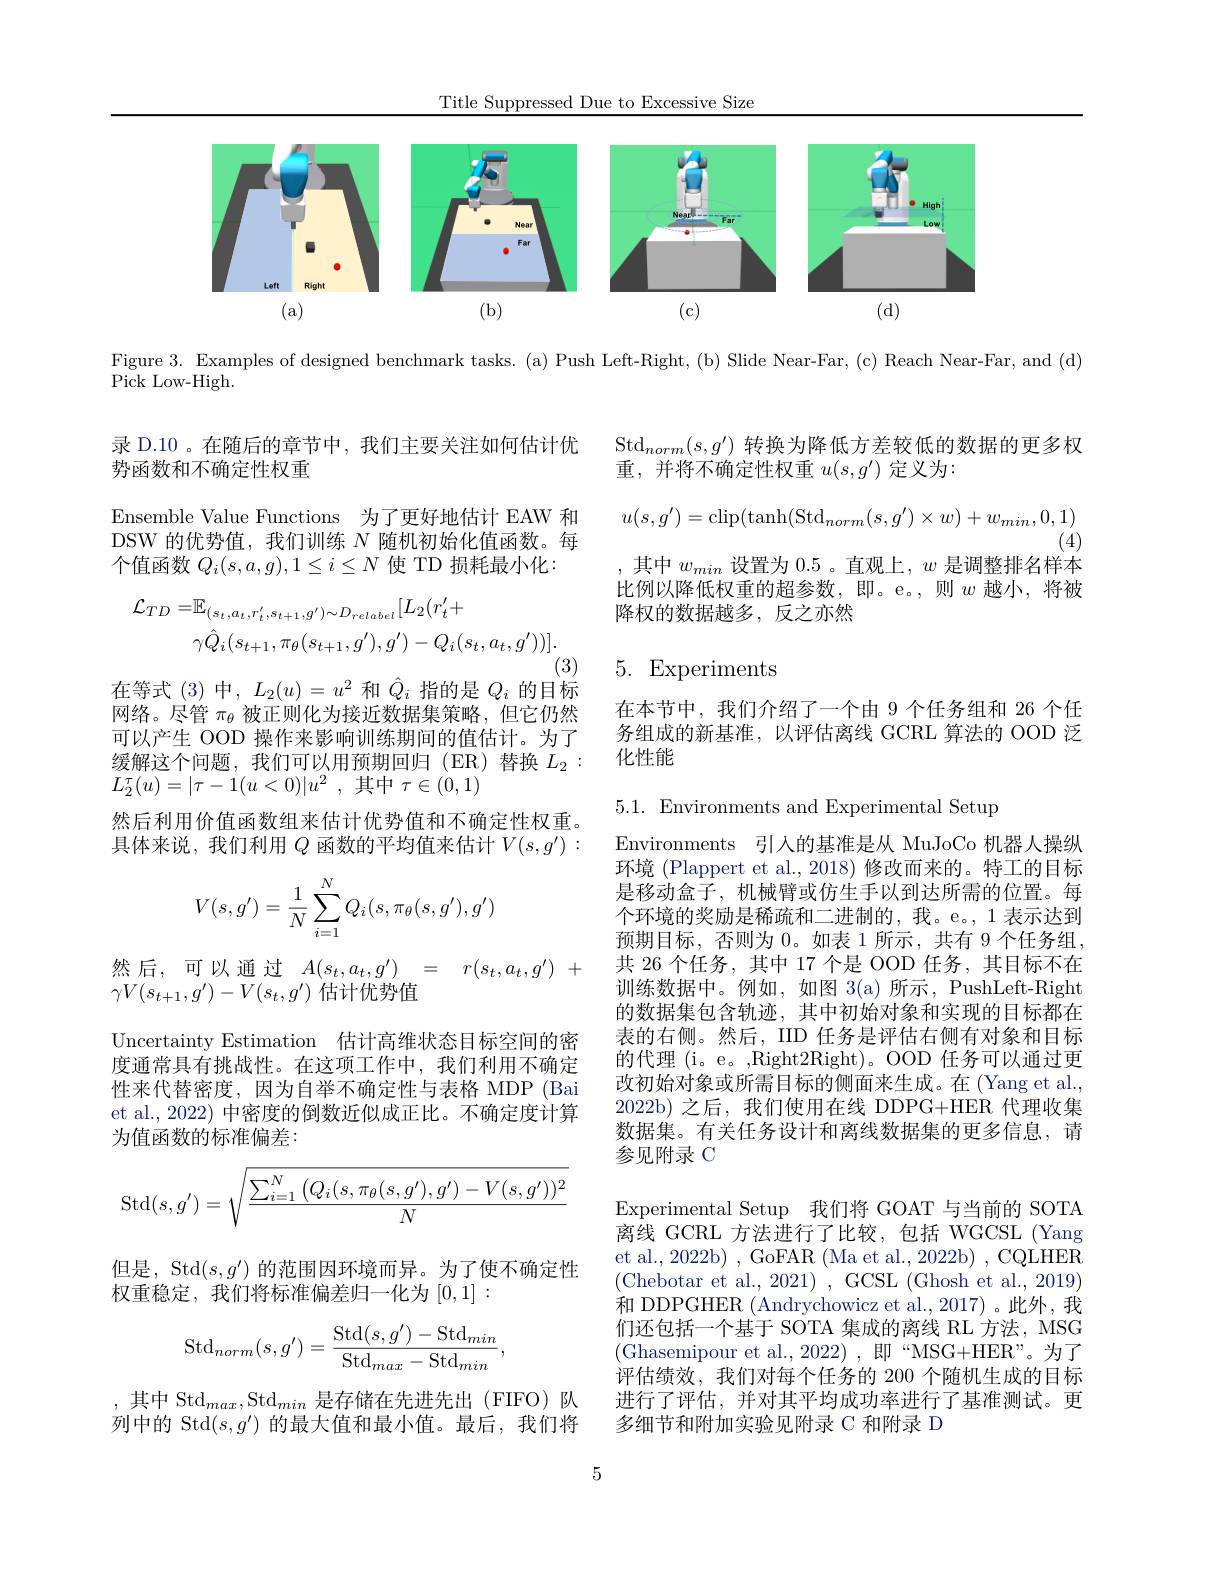
Title Suppressed Due to Excessive Size

<FigureHere>

Figure 3. Examples of designed benchmark tasks. (a) Push Left-Right, (b) Slide Near-Far, (c) Reach Near-Far, and (d)

Pick Low-High.

$\operatorname{Std}_{norm}(s,g^{\prime})$转换为降低方差较低的数据的更多权
重，并将不确定性权重$u(s,g^{\prime})$ 定义为2

录 D.10 。在随后的章节中，我们主要关注如何估计优
势函数和不确定性权重

Ensemble Value Functions 为了更好地估计 EAW 和DSW 的优势值，我们训练$N$随机初始化值函数。每个值函数$Q_i(s,a,g),1\leq i\leq N$使 TD 损耗最小化：
$$u(s,g^{\prime})=\mathrm{clip}(\mathrm{tanh}(\mathrm{Std}_{norm}(s,g^{\prime})\times w)+w_{min},0,1)$$
(4)

,其中$w_min$设置为0.5 。直观上，$w$是调整排名样本

比例以降低权重的超参数，即。e。,则$w$越小，将被
降权的数据越多，反之亦然
$$\begin{aligned}\mathcal{L}_{TD}=&\mathbb{E}_{(s_{t},a_{t},r_{t}^{\prime},s_{t+1},g^{\prime})\sim D_{relabel}}[L_{2}(r_{t}^{\prime}+\\&\gamma\hat{Q}_{i}(s_{t+1},\pi_{\theta}(s_{t+1},g^{\prime}),g^{\prime})-Q_{i}(s_{t},a_{t},g^{\prime}))].\end{aligned}$$
(3)

在等式 (3)中，$L_2(u)=u^{2}$和$\hat{Q}_i$指的是$Q_i$的目标

# 5. Experiments

在本节中，我们介绍了一个由 9 个任务组和 26 个任务组成的新基准，以评估离线 GCRL 算法的 OOD 泛化性能

网络。尽管$\pi_\theta$被正则化为接近数据集策略，但它仍然可以产生 OOD 操作来影响训练期间的值估计。为了缓解这个问题，我们可以用预期回归(ER)替换$L_2:$ $L_{2}^{\tau }( u) = | \tau - 1( u< 0) | u^{2}$ ,其中$\tau\in(0,1)$
然后利用价值函数组来估计优势值和不确定性权重。具体来说，我们利用$Q$函数的平均值来估计$V(s,g^\prime):$
$$V(s,g')=\dfrac{1}{N}\sum_{i=1}^NQ_i(s,\pi_\theta(s,g'),g')$$
5.1. Environments and Experimental Setup
Environments 引入的基准是从 MuJoCo 机器人操纵环境 (Plappert et al.,2018) 修改而来的。特工的目标是移动盒子，机械臂或仿生手以到达所需的位置。每个环境的奖励是稀疏和二进制的，我。e。1 表示达到预期目标，否则为0。如表 1 所示，共有 9 个任务组， 共 26 个任务，其中 17 个是 OOD 任务，其目标不在训练数据中。例如，如图 3(a) 所示，PushLeft-Right 的数据集包含轨迹，其中初始对象和实现的目标都在表的右侧。然后，IID 任务是评估右侧有对象和目标的代理 (i。e。,Right2Right)。OOD 任务可以通过更改初始对象或所需目标的侧面来生成。在(Yang et al., 2022b)之后，我们使用在线 DDPG+HER 代理收集数据集。有关任务设计和离线数据集的更多信息，请参见附录 C

然后，可以通过$A( s_t, a_t, g^{\prime })$ = $r( s_t, a_t, g^{\prime })$ +
$\gamma V(s_{t+1},g^{\prime})-V(s_t,g^{\prime})$估计优势值
Uncertainty Estimation 估计高维状态目标空间的密度通常具有挑战性。在这项工作中，我们利用不确定性来代替密度，因为自举不确定性与表格 MDP (Bai et al., 2022) 中密度的倒数近似成正比。不确定度计算为值函数的标准偏差：
$$\operatorname{Std}(s,g')=\sqrt{\frac{\sum_{i=1}^N\left(Q_i(s,\pi_\theta(s,g'),g')-V(s,g')\right)^2}{N}}$$
但是，Std$(s,g^{\prime})$的范围因环境而异。为了使不确定性
权重稳定，我们将标准偏差归一化为[0,1]:

Experimental Setup 我们将 GOAT 与当前的 SOTA 离线 GCRL 方法进行了比较，包括 WGCSL (Yang et al., 2022b) , GoFAR (Ma et al., 2022b) , CQLHER (Chebotar et al., 2021),GCSL(Ghosh et al., 2019) 和 DDPGHER (Andrychowicz et al.,2017)。此外，我们还包括一个基于 SOTA 集成的离线 RL 方法，MSG (Ghasemipour et al.,2022),即“MSG+HER”。为了评估绩效，我们对每个任务的 200 个随机生成的目标进行了评估，并对其平均成功率进行了基准测试。更多细节和附加实验见附录 C 和附录 D
$$\mathrm{Std}_{norm}(s,g')=\frac{\mathrm{Std}(s,g')-\mathrm{Std}_{min}}{\mathrm{Std}_{max}-\mathrm{Std}_{min}},$$
,其中 Std$_max,\mathrm{Std}_{min}$ 是存储在先进先出(FIFO)队列中的 Std$(s,g^{\prime})$的最大值和最小值。最后，我们将

5